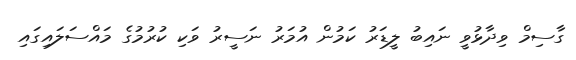
ގާސިމް ވިދާޅުވީ ނައިބު ލީޑަރު ކަމުން އުމަރު ނަސީރު ވަކި ކުރުމުގެ މައްސަލައިގައި